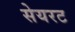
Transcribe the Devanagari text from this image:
सेयरट